Report on the working of the Ranchi Indian Mental Hospital, Kanke, in Bihar and Orissa - 1930-1940
Year: 1930
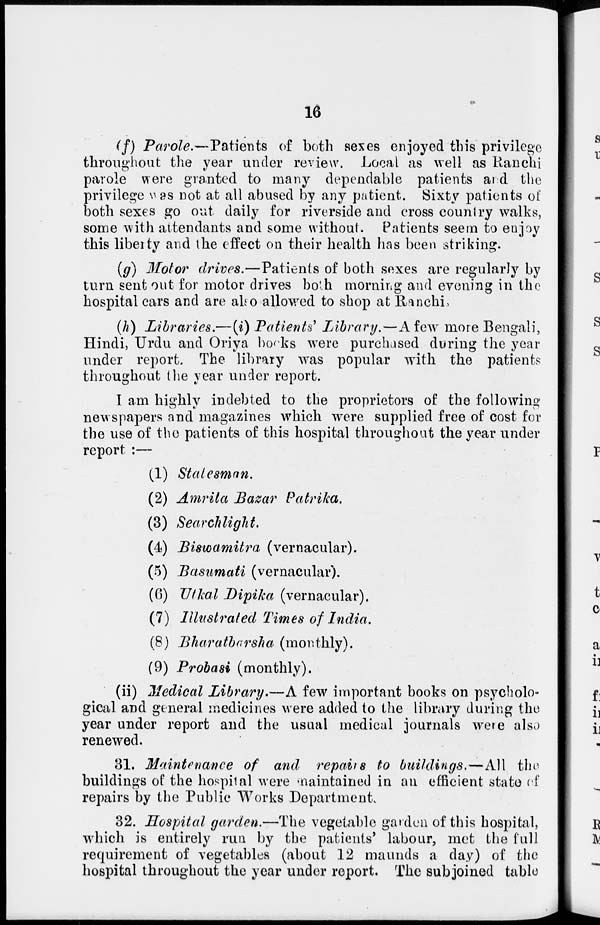
16
(f) Parole.—Patients
of both sexes enjoyed this privilege
throughout the year under review. Local as well as Ranchi
parole were granted to many dependable patients and the
privilege was not at all abused by any patient. Sixty patients of
both sexes go out daily for riverside and cross country walks,
some with attendants and some without. Patients seem to enjoy
this liberty and the effect on their health has been striking.
(g) Motor drives.—Patients of both sexes are regularly by
turn sent out for motor drives both morning and evening in the
hospital cars and are also allowed to shop at Ranchi.
(h) Libraries.—(i) Patients' Library.—A few more Bengali,
Hindi, Urdu and Oriya books were purchased during the year
under report. The library was popular with the patients
throughout the year under report.
I am highly indebted to the proprietors of the following
newspapers and magazines which were supplied free of cost for
the use of the patients of this hospital throughout the year under
report :—
(1) Statesman.
(2) Amrita Bazar Patrika.
(3) Searchlight.
(4) Biswamitra (vernacular).
(5) Basumati (vernacular).
(6) Utkal Dipika (vernacular).
(7) Illustrated Times of India.
(8) Bharatbarsha (monthly).
(9) Probasi (monthly).
(ii) Medical Library.—A few important books on psycholo-
gical and general medicines were added to the library during the
year under report and the usual medical journals were also
renewed.
31. Maintenance of and repairs to buildings.—All the
buildings of the hospital were maintained in an efficient state of
repairs by the Public Works Department.
32. Hospital garden.—The vegetable garden of this hospital,
which is entirely run by the patients' labour, met the full
requirement of vegetables (about 12 maunds a day) of the
hospital throughout the year under report. The subjoined table